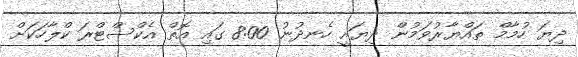
ދިޔަ ހުމާމް ތައްޔާރުވަމުން ދިޔައީ ހެނދުނު 8:00 ގައި އޮތް އެކްސްޓްރަ ކްލާހަކަަށް